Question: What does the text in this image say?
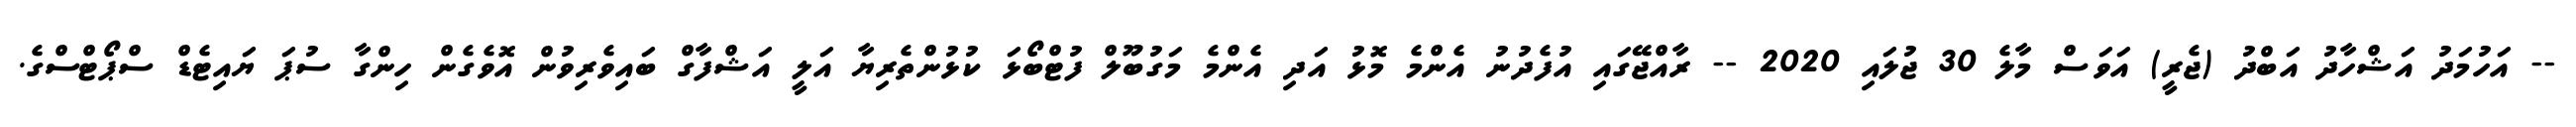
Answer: -- އަހުމަދު އަޝްހާދު އަބްދު (ޖެރީ) އަވަސް މާލެ 30 ޖުލައި 2020 -- ރާއްޖޭގައި އުފެދުނު އެންމެ މޮޅު އަދި އެންމެ މަގުބޫލް ފުޓްބޯޅަ ކުޅުންތެރިޔާ އަލީ އަޝްފާގް ބައިވެރިވުން އޮވެގެން ހިންގާ ސުޕަ ޔައިޓެޑް ސްޕޯޓްސްގެ.